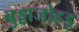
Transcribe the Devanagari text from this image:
बुड्ढाजोहड़